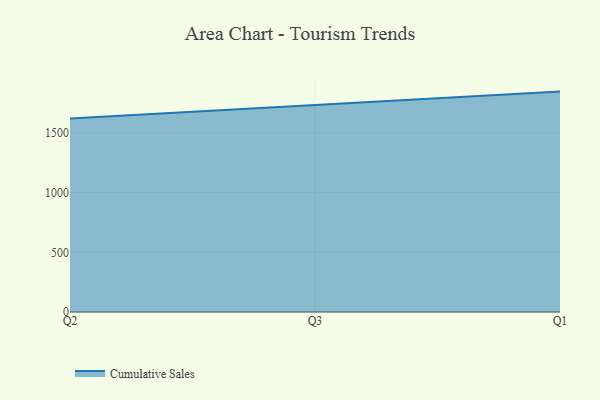
{"axis": {"x": "Quarter", "y": "Inventory Turnover"}, "legend": ["Cumulative Sales"], "data": [{"x": "Q2", "y": 1621.5, "type": "Cumulative Sales"}, {"x": "Q3", "y": 1732.5, "type": "Cumulative Sales"}, {"x": "Q1", "y": 1845.9, "type": "Cumulative Sales"}]}